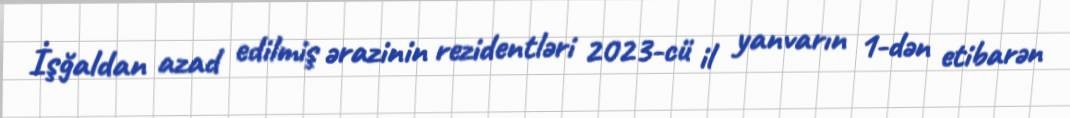
İşğaldan azad edilmiş ərazinin rezidentləri 2023-cü il yanvarın 1-dən etibarən